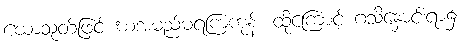
ဃောသုတ်ဖြင့် ဃအမည်မရကြကုန်၊ ထို့ကြောင့် ဂသိနှောင်းရာ၌